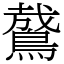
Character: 䳣